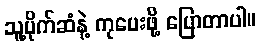
သူ့ပိုက်ဆံနဲ့ ကုပေးဖို့ ပြောတာပါ။